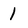
Character: 1